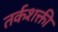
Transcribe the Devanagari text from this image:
तर्कशक्ती